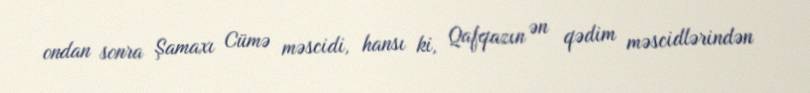
ondan sonra Şamaxı Cümə məscidi, hansı ki, Qafqazın ən qədim məscidlərindən